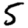
Digit: 5